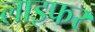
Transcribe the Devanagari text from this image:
लाइफर